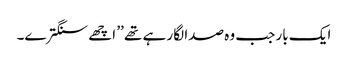
ایک بار جب وہ صدا لگا رہے تھے ’’ اچھے سنگترے۔